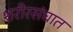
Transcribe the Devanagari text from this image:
शरीरसंघात